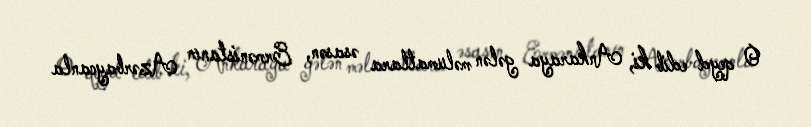
O qeyd edib ki, Ankaraya gələn məlumatlara əsasən, Ermənistanın Azərbaycanla